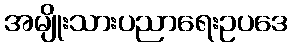
အမျိုးသားပညာရေးဥပဒေ